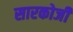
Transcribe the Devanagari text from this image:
सारकोजी